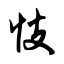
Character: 忮